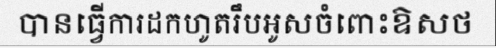
បានធ្វើការដកហូតរឹបអូសចំពោះឱសថ